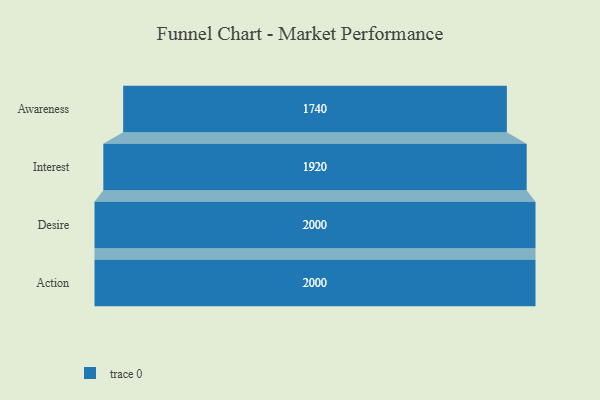
{"axis": {"x": "Stage", "y": "Value"}, "legend": [""], "data": [{"x": "Awareness", "y": 1740.0, "type": ""}, {"x": "Interest", "y": 1920.0, "type": ""}, {"x": "Desire", "y": 2000, "type": ""}, {"x": "Action", "y": 2000, "type": ""}]}